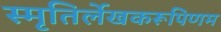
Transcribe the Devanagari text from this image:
स्मृतिर्लेखकरूपिणम